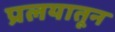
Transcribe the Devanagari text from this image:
प्रलयातून